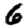
Digit: 6